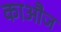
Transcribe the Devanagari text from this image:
काऔज